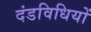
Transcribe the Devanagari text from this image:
दंडविधियों